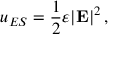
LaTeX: u _ { E S } = { \frac { 1 } { 2 } } \varepsilon | \mathbf { E } | ^ { 2 } \, ,